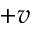
+ v